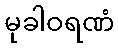
မုခါဝရဏံ